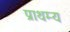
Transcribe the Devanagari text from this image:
प्राथम्य